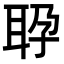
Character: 𬚕